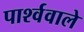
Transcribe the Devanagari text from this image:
पार्श्ववाले